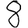
Digit: 8